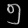
Digit: ၅